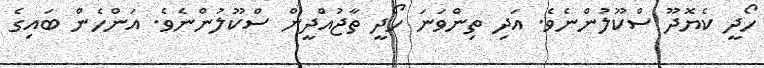
ހޯދީ ކެޔޮދޫ ސްކޫލުންނެވެ. އަދި ތިންވަނަ ހޯދީ ތާޖުއްދީން ސްކޫލުންނެވެ. އަންހެން ބައިގެ